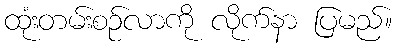
ထုံးတမ်းစဉ်လာကို လိုက်နာ ပြမည်။